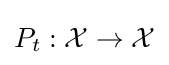
P_{t}:{\mathcal {X}}\to {\mathcal {X}}